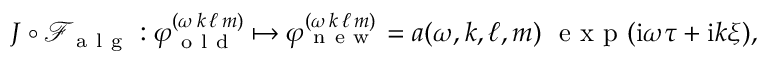
\begin{array} { r } { J \circ \mathcal { F } _ { \mathrm { ~ a ~ l ~ g ~ } } : \varphi _ { \mathrm { ~ o ~ l ~ d ~ } } ^ { ( \omega \, k \, \ell \, m ) } \mapsto \varphi _ { \mathrm { ~ n ~ e ~ w ~ } } ^ { ( \omega \, k \, \ell \, m ) } = a ( \omega , k , \ell , m ) \ \mathrm { ~ e ~ x ~ p ~ } ( \mathrm { i } \omega \tau + \mathrm { i } k \xi ) , } \end{array}